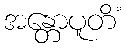
အန္တောပူတိံ